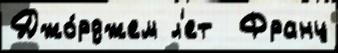
Джо́рджем л'ет  Франц